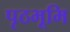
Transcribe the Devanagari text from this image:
पृठभूमि